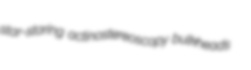
star-staring actinostereoscopy bulkheads